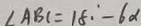
\angle A B C = 1 8 \cdot ^ { \circ } - 6 \alpha